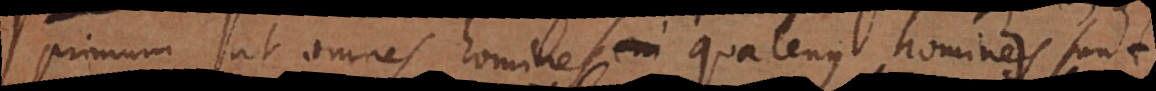
primum ut omnes homines quatenus homines sunt